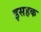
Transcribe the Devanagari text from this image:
इसहक